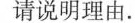
请说明理由。